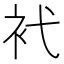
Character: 䘝